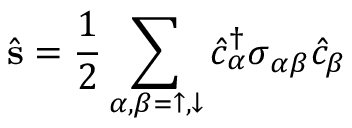
\hat { { \bf s } } = \frac { 1 } { 2 } \sum _ { \alpha , \beta = \uparrow , \downarrow } \hat { c } _ { \alpha } ^ { \dagger } \boldsymbol { \sigma } _ { \alpha \beta } \hat { c } _ { \beta }